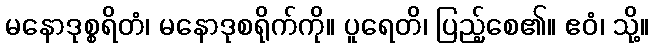
မနောဒုစ္စရိတံ၊ မနောဒုစရိုက်ကို။ ပူရေတိ၊ ပြည့်စေ၏။ ဧဝံ၊ သို့။